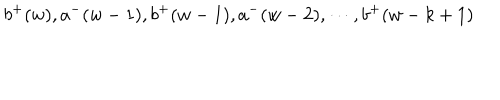
LaTeX: b ^ { + } ( w ) , a ^ { - } ( w - 1 ) , b ^ { + } ( w - 1 ) , a ^ { - } ( w - 2 ) , \cdots , b ^ { + } ( w - k + 1 )